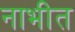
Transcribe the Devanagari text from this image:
नाभीत